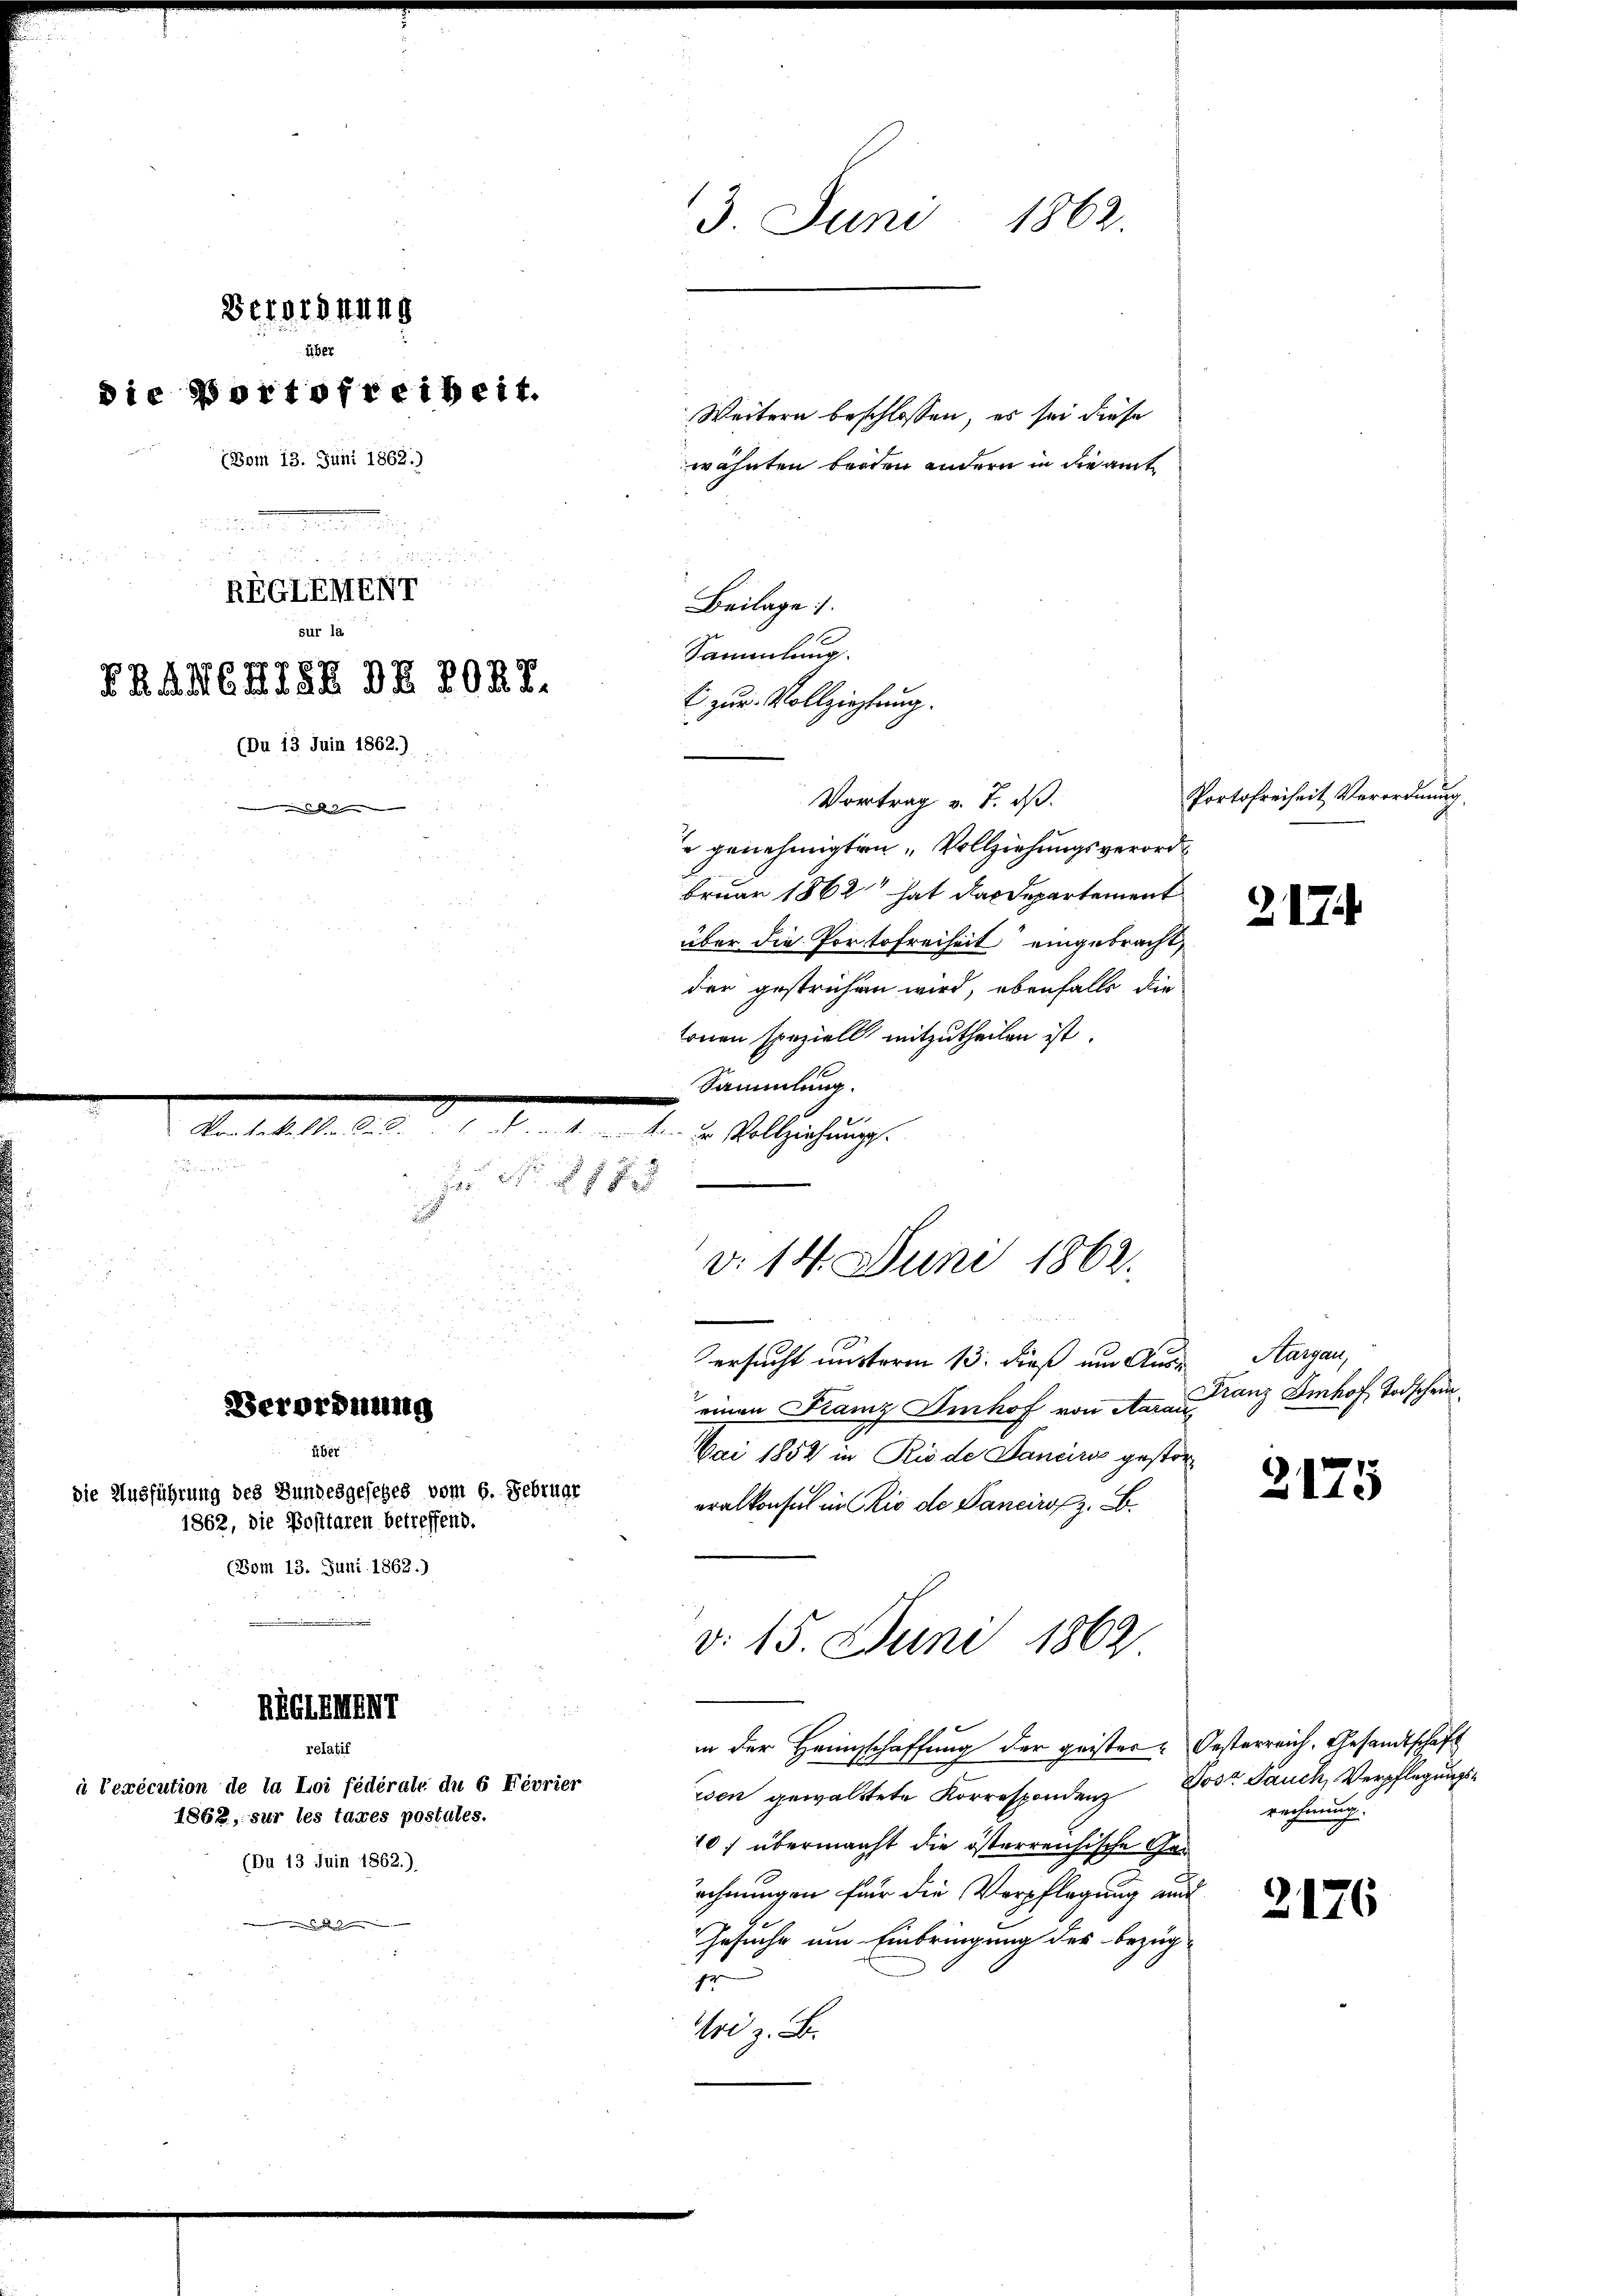
3. Juni 1862.
Beiordnung
übe.
die Portofreiheit.
Weitern beschlossen, es sei diese
(Bom 13. Juni 1862.)
wähnten broden andern in die amt¬

i

 xx
REGLEHENT
Beilage.
sur la
Sammlung.

TRAMAISR DRIOAT.
t zur Vollziehtung.
(Du 13 Juin 1862.)
Vortrag v. J. dß.

e genehmigten „Vollziehungsverord
bruar 1862 hat das Departement
über die Portofreiheit eingebracht,
der gestrichen wird, ebenfalls die
tonen speziell mitzutheilen ist
Sammlung.

A. . . . . . . . . . . . d. d. Alleichung

er
u
Verordnung
über
die Ausführung des Bundesgesetzes vom 6. Februar
1862, die Posttaren betreffend.
(Vom 13. Juni 1862.)

REGENT

relatif
à Texécution de la Loi fédérale du 6 Féorier
1862, sur les taxes postules.
(Du 13 Juin 1862.)

v. 14. Juni 1862.
ersucht unterm 13. dieß um Auseinen Kamz Imhof von Aaraus
Mai 1852 in Riede Daneiris gestoreralkonsul in Rio de Pancirs z. B.

d. 15. Juni 1862

in der Heimschaffung der geister Oesterreich, Gesandtschaft
isen gewalttete Korrespondenz Jos. Jauch, Verpflegungs¬
10.) übermacht die österreichische Geechnungen für die Verpflegung mit
Gesuche um Einbringung des bezüg-
gr
ri z. B.

217.

2175

2176

Portofreiheit Verordnung

Hargau,
Franz Imhof Todschein

rechnung.